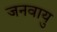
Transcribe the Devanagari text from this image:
जनवायु